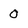
Character: 0